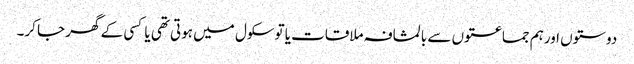
دوستوں اورہم جماعتوں سے بالمشافہ ملاقات یا توسکول میں ہوتی تھی یا کسی کے گھر جا کر۔